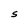
Character: S